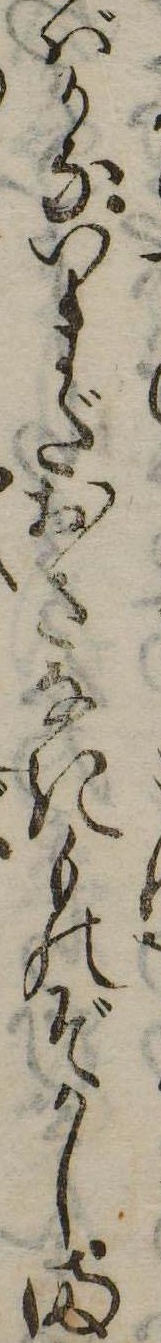
ばかないまだおさなきものぞかしま